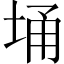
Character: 埇